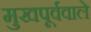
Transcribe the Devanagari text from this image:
मुखपूर्ववाले